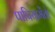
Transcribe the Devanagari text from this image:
पापियामेंतो